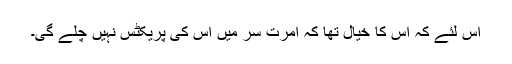
اس لئے کہ اس کا خیال تھا کہ امرت سر میں اس کی پریکٹس نہیں چلے گی۔